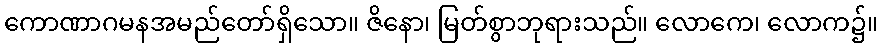
ကောဏာဂမနအမည်တော်ရှိသော။ ဇိနော၊ မြတ်စွာဘုရားသည်။ လောကေ၊ လောက၌။